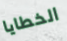
الخطايا